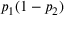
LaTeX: p _ { 1 } ( 1 - p _ { 2 } )